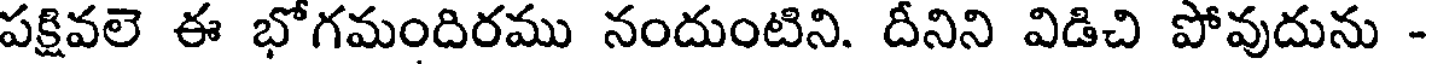
పక్షివలె ఈ భోగమందిరము నందుంటిని. దీనిని విడిచి పోవుదును -